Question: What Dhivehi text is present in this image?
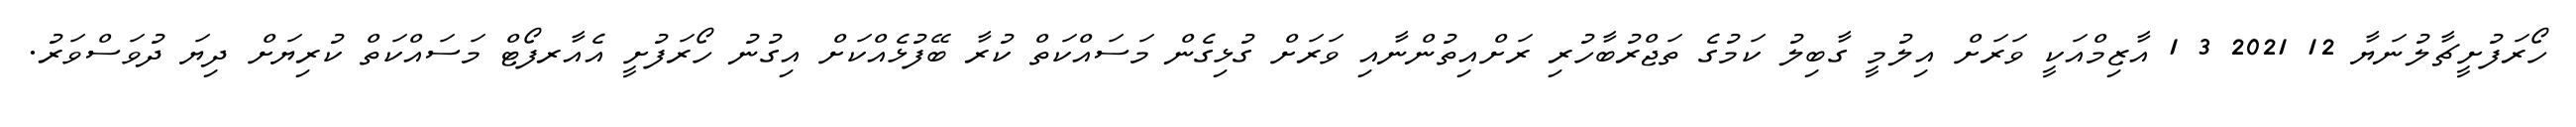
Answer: ހޯރަފުށީޗާލުނަޔާ 12 2021 3 1 އާޒިމްއަކީ ވަރަށް އިލުމީ ގާބިލު ކަމުގެ ތަޖްރުބާހުރި ރަށްއިތުންނާއި ވަރަށް ގުޅިގެން މަސައްކަތް ކުރާ ބޭފުޅެއްކަށް އިގުނު ހޯރަފުށީ އެއާރފޯޓް މަސައްކަތް ކުރިޔަށް ދިޔަ ދުވަސްވަރު.